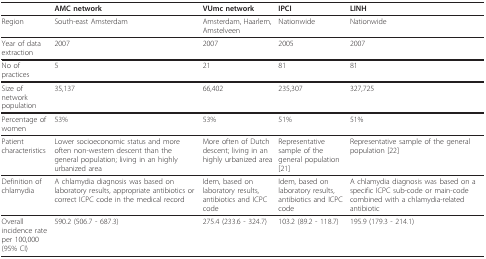
|  | AMC network | VUmc network | IPCI | LINH |
 | --- | --- | --- | --- | --- |
 | Region | South-east Amsterdam | Amsterdam, Haarlem, Amstelveen | Nationwide | Nationwide |
 | Year of data extraction | 2007 | 2007 | 2005 | 2007 |
 | No of practices | 5 | 21 | 81 | 81 |
 | Size of network population | 35,137 | 66,402 | 235,307 | 327,725 |
 | Percentage of women | 53% | 53% | 51% | 51% |
 | Patient characteristics | Lower socioeconomic status and more often non-western descent than the general population; living in an highly urbanized area | More often of Dutch descent; living in an highly urbanized area | Representative sample of the general population [21] | Representative sample of the general population [22] |
 | Definition of chlamydia | A chlamydia diagnosis was based on laboratory results, appropriate antibiotics or correct ICPC code in the medical record | Idem, based on laboratory results, antibiotics and ICPC code | Idem, based on laboratory results, antibiotics and ICPC code | A chlamydia diagnosis was based on a specific ICPC sub-code or main-code combined with a chlamydia-related antibiotic |
 | Overall incidence rate per 100,000 (95% CI) | 590.2 (506.7 - 687.3) | 275.4 (233.6 - 324.7) | 103.2 (89.2 - 118.7) | 195.9 (179.3 - 214.1) |